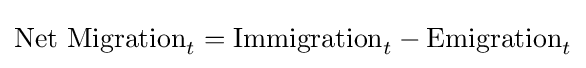
{\text{Net Migration}}_{t}={\text{Immigration}}_{t}-{\text{Emigration}}_{t}